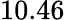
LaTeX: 10.46